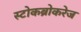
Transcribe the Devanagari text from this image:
स्टोकब्रोकरेज